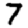
Digit: 7